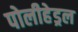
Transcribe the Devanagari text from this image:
पोलीहेड्रल